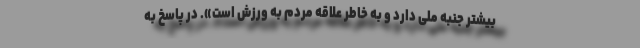
بیشتر جنبه ملی دارد و به خاطر علاقه مردم به ورزش است». در پاسخ به